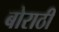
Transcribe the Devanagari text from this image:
बोराठी